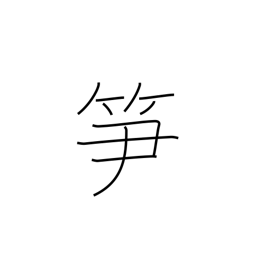
Meaning: bamboo shoot